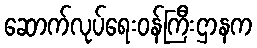
ဆောက်လုပ်ရေးဝန်ကြီးဌာနက